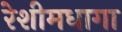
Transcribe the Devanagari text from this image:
रेशीमधागा